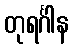
တုရင်္ဂါန